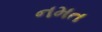
નમત